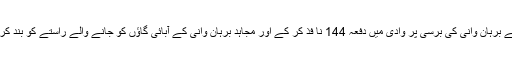
سید صلاح الدین کو دہشت گرد قرار د ینے والی اس اندھی سر کار نے برہان وانی کی برسی پر وادی میں دفعہ 144 نا فذ کر کے اور مجاہد برہان وانی کے آبائی گاؤں کو جانے والے راستے کو بند کر کے اپنے تئیں آزادی کے پاؤں میں بیڑیاں ڈالنے کا پورا سامان کیا۔